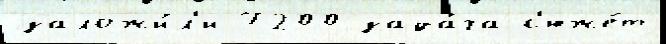
заложи́л'и 7200 зада́ча с'юже́т